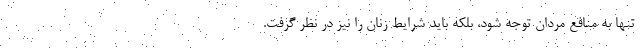
تنها به منافع مردان توجه شود، بلکه باید شرایط زنان را نیز در نظر گرفت.